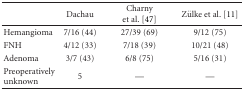
<table><thead><tr><td></td><td><b>Dachau</b></td><td><b>Charny et al. [47]</b></td><td><b>Zülke et al. [11]</b></td></tr></thead><tbody><tr><td>Hemangioma</td><td>7/16 (44)</td><td>27/39 (69)</td><td>9/12 (75)</td></tr><tr><td>FNH</td><td>4/12 (33)</td><td>7/18 (39)</td><td>10/21 (48)</td></tr><tr><td>Adenoma</td><td>3/7 (43)</td><td>6/8 (75)</td><td>5/16 (31)</td></tr><tr><td>Preoperatively unknown</td><td>5</td><td>—</td><td>—</td></tr></tbody></table>